65_HS1-834228961_62-HQ-83894_Section_8
Agency: FBI
Page 181
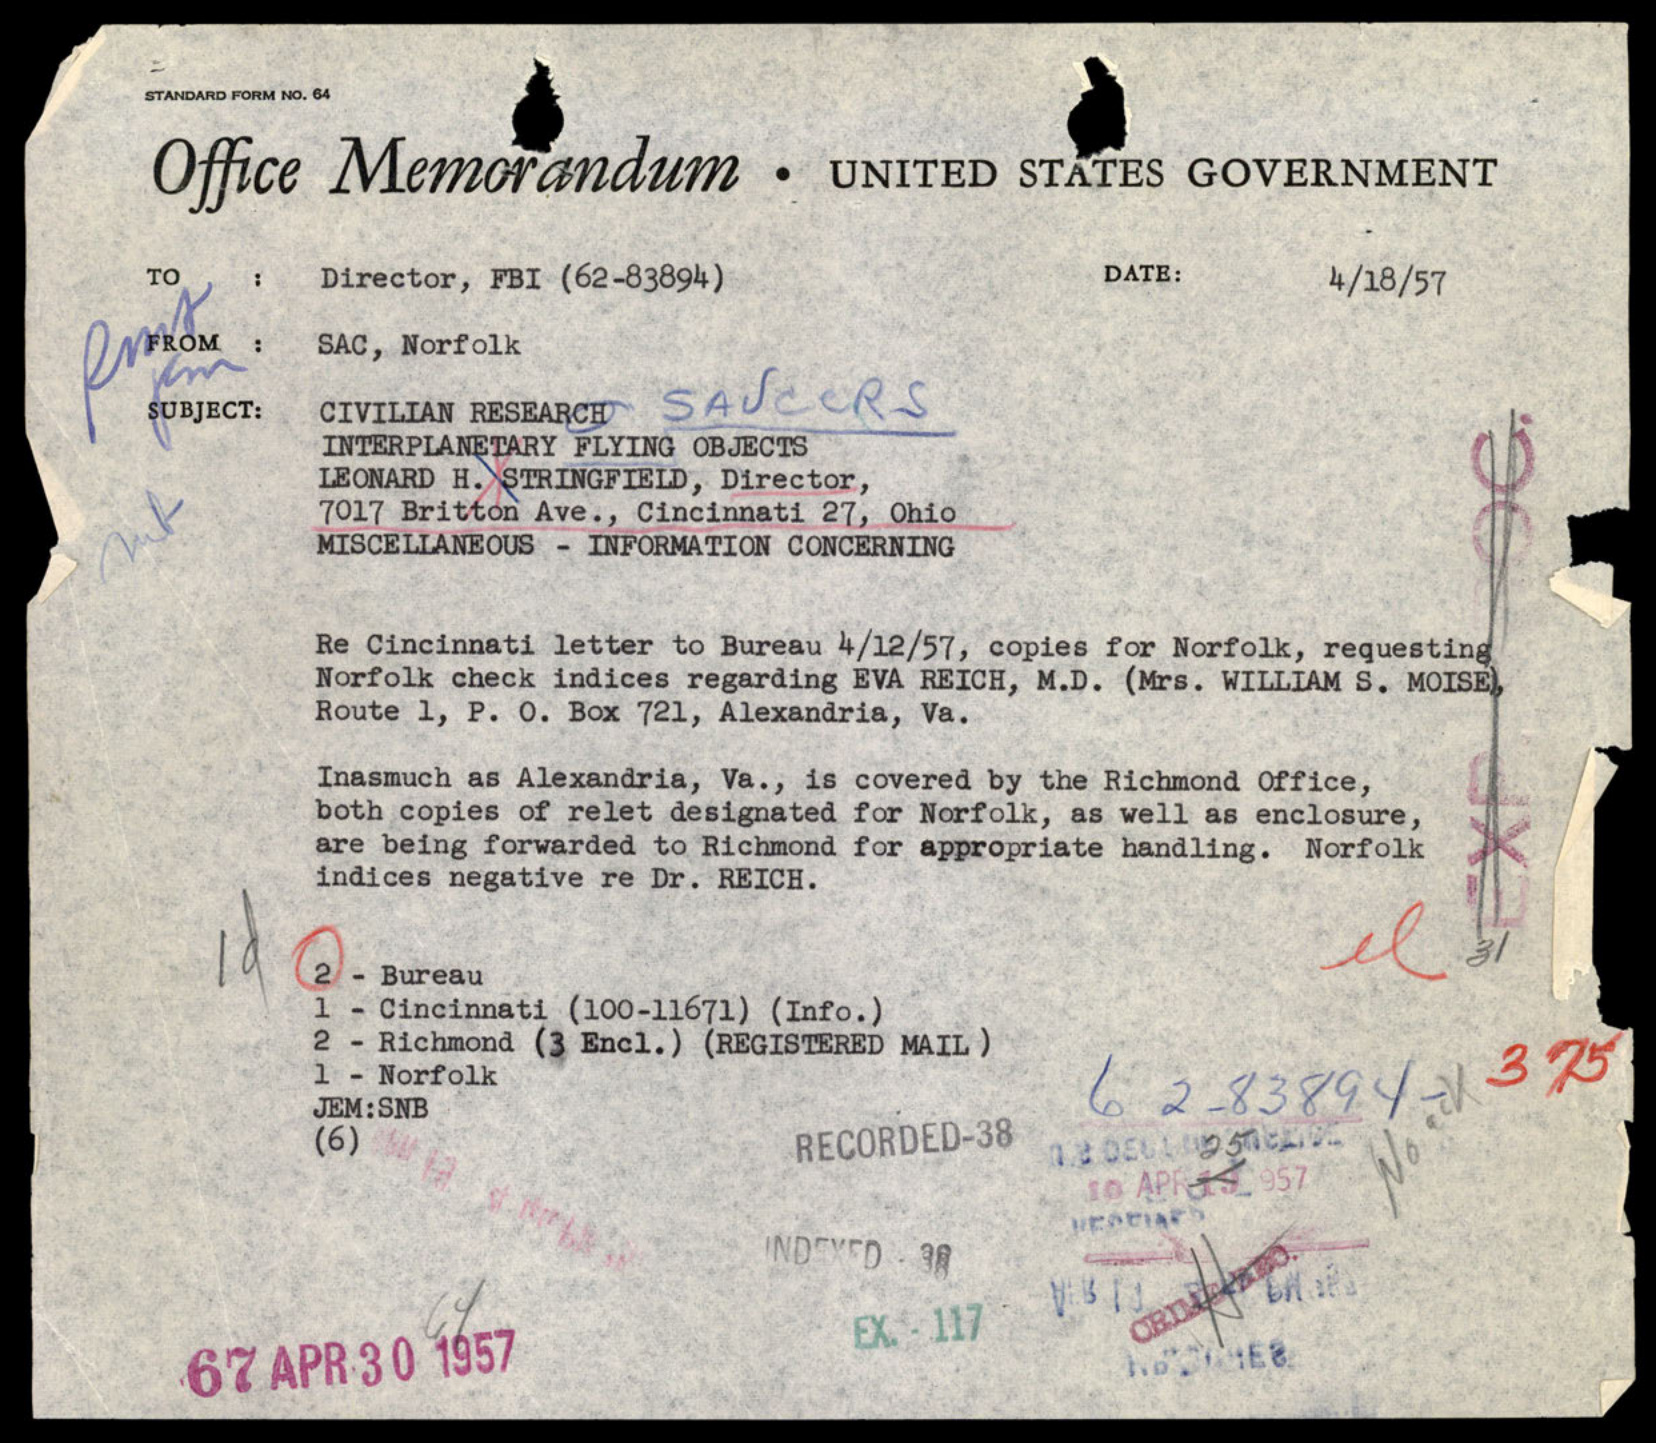